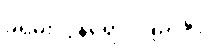
ခရမ်းလွန်ရောင်ခြည်နှင့်